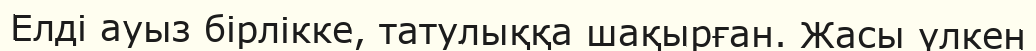
Елді ауыз бірлікке, татулыққа шақырған. Жасы үлкен